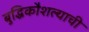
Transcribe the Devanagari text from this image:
बुद्धिकौशल्याची